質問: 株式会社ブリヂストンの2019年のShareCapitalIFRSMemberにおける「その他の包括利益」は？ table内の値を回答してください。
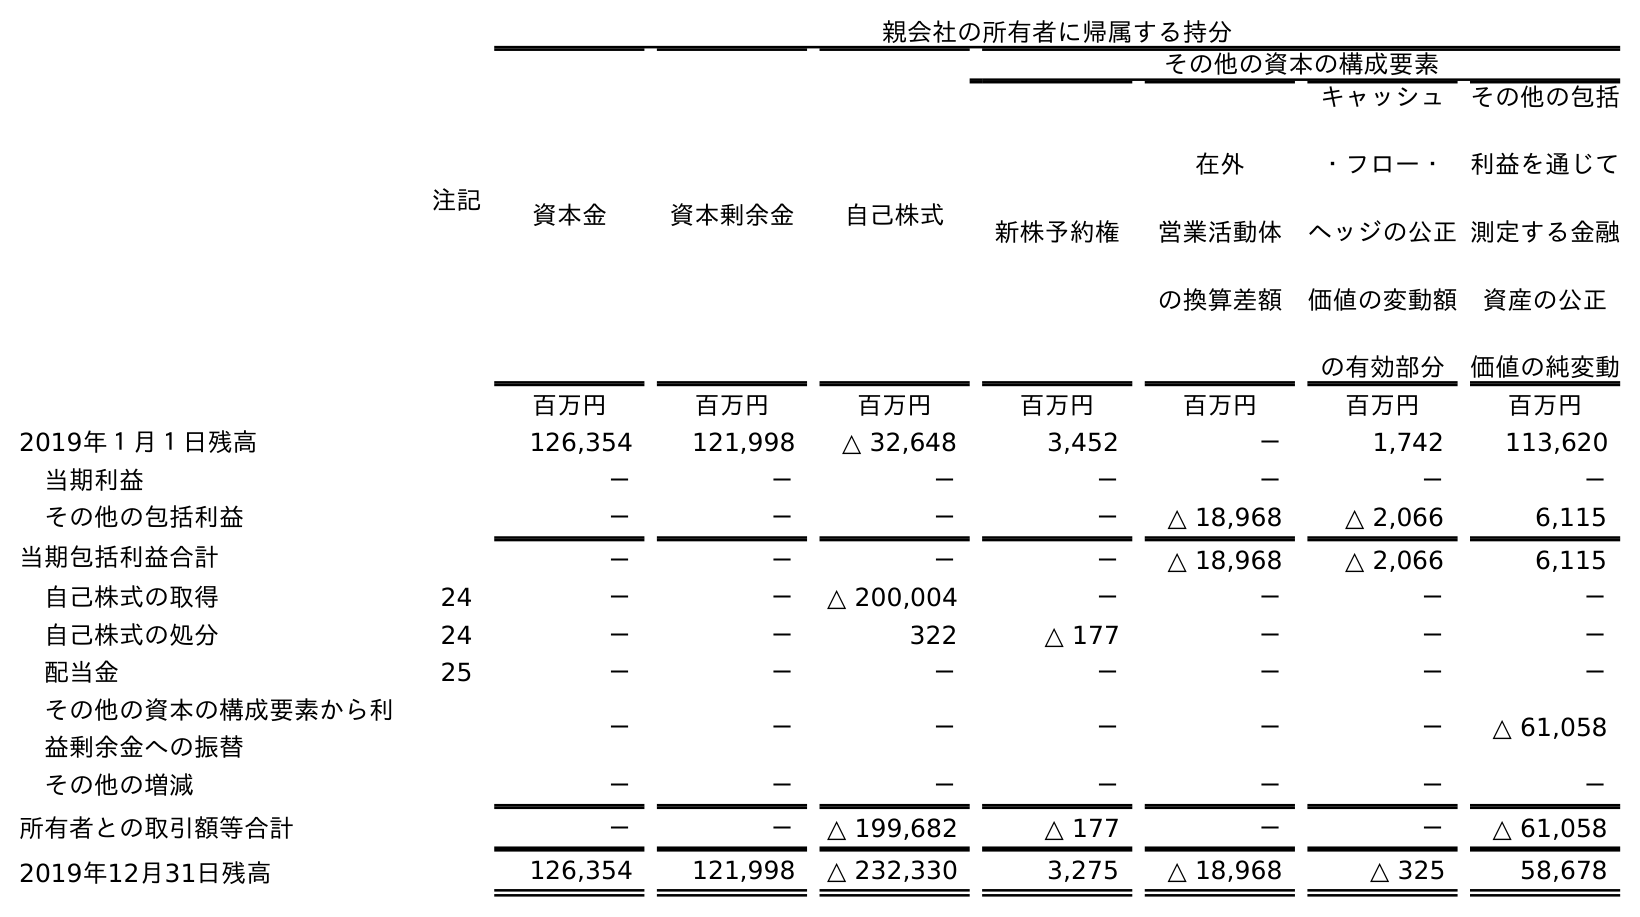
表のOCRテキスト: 注記 親会社の所有者に帰属する持分 資本金 資本剰余金 自己株式 その他の資本の構成要素 新株予約権 在外 営業活動体 の換算差額 キャッシュ ・フロー・ ヘッジの公正 価値の変動額 の有効部分 その他の包括 利益を通じて 測定する金融 資産の公正 価値の純変動 百万円 百万円 百万円 百万円 百万円 百万円 百万円 2019年１月１日残高 126,354 121,998 △ 32,648 3,452 － 1,742 113,620 当期利益 － － － － － － － その他の包括利益 － － － － △ 18,968 △ 2,066 6,115 当期包括利益合計 － － － － △ 18,968 △ 2,066 6,115 自己株式の取得 24 － － △ 200,004 － － － － 自己株式の処分 24 － － 322 △ 177 － － － 配当金 25 － － － － － － － その他の資本の構成要素から利 益剰余金への振替 － － － － － － △ 61,058 その他の増減 － － － － － － － 所有者との取引額等合計 － － △ 199,682 △ 177 － － △ 61,058 2019年12月31日残高 126,354 121,998 △ 232,330 3,275 △ 18,968 △ 325 58,678
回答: －